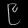
Digit: ၉